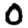
Digit: 0